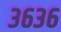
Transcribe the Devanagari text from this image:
३६३६